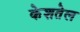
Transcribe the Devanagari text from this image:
केशतेल